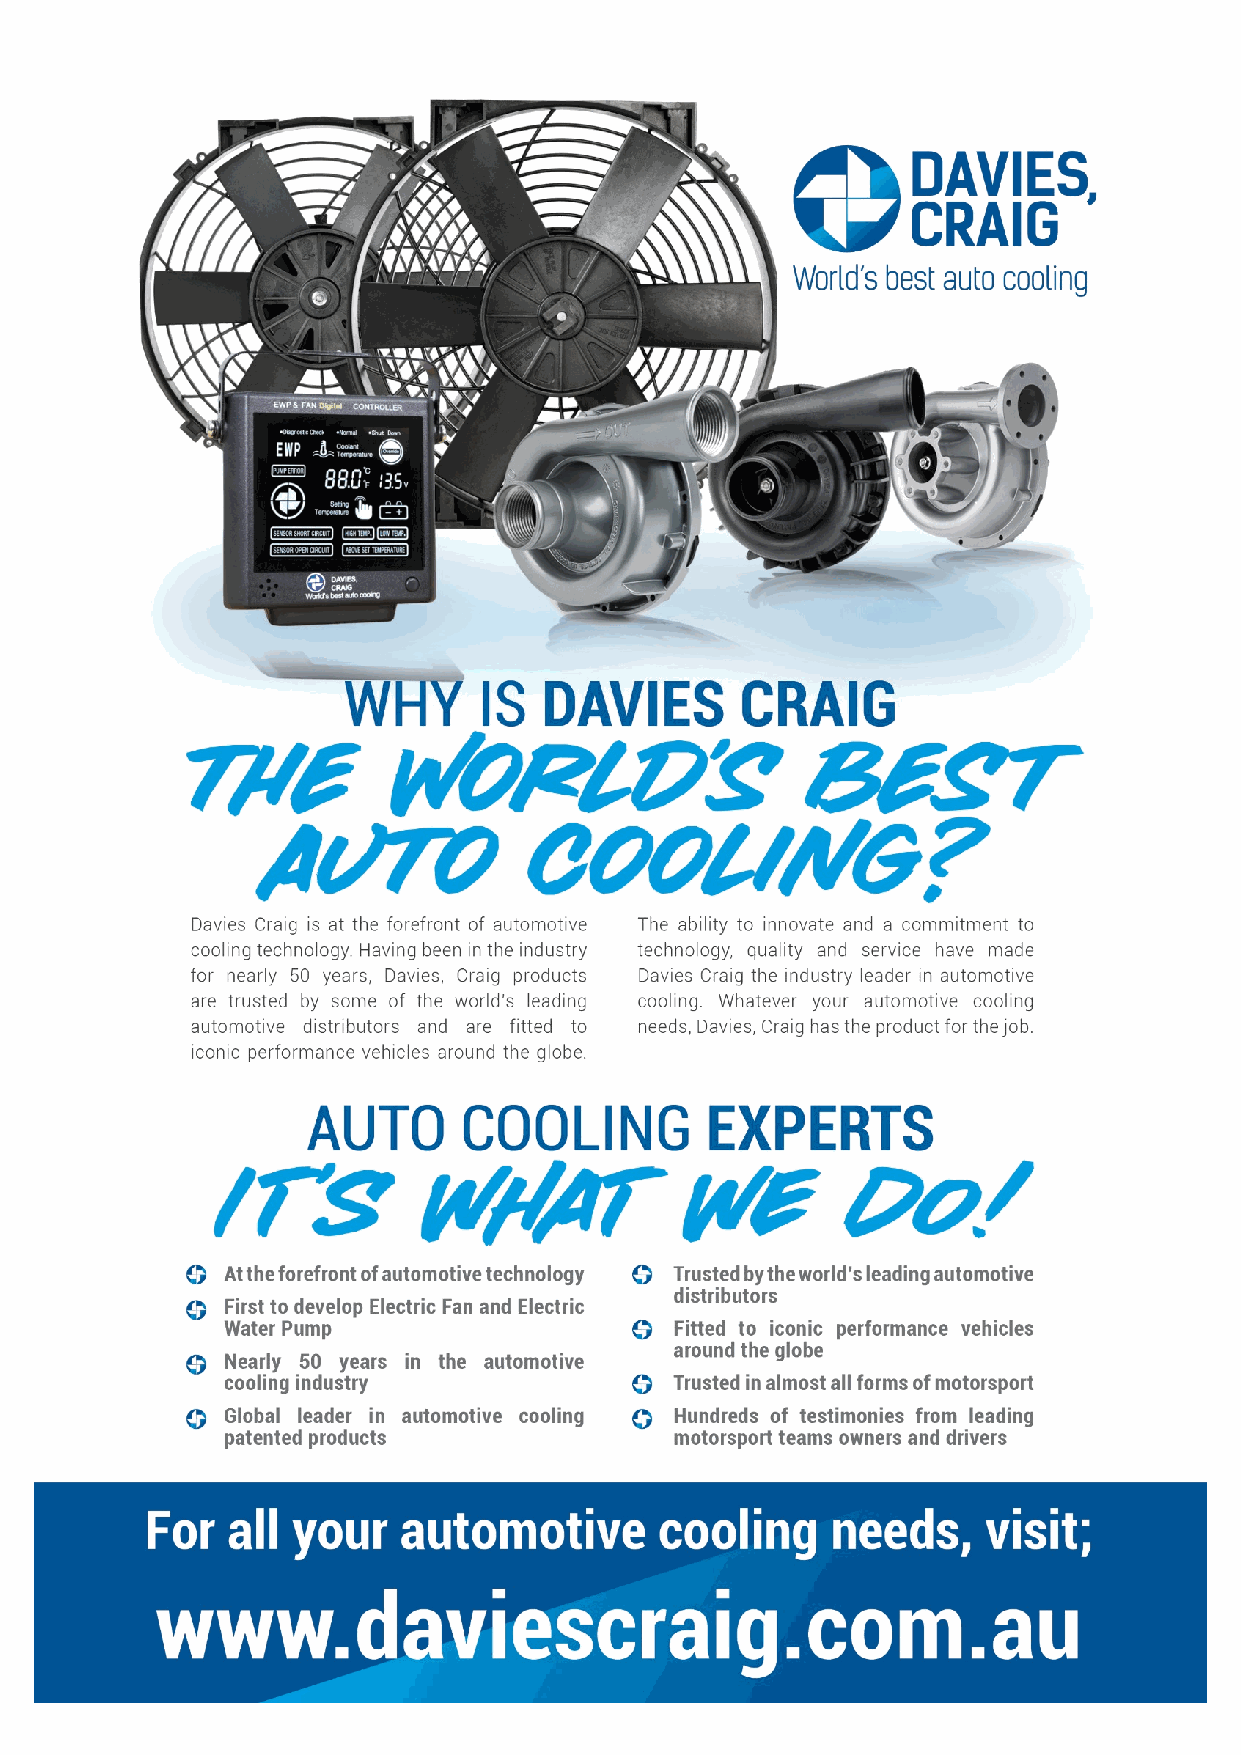
23/03/2021             EWP® & FAN DIGI TAL CONTROLLER            8 | Pa g e